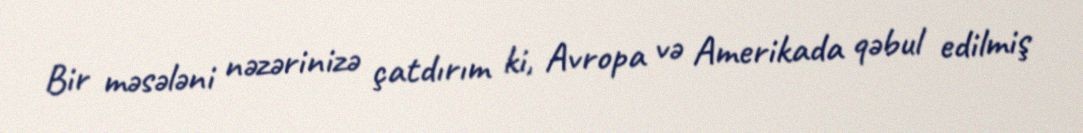
Bir məsələni nəzərinizə çatdırım ki, Avropa və Amerikada qəbul edilmiş